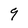
Character: 9